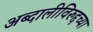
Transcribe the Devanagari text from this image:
अब्दालीविरुद्दच्या